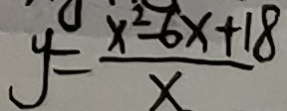
y = \frac { x ^ { 2 } - 6 x + 1 8 } { x }